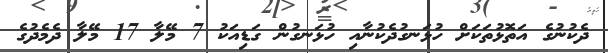
ދެކުނުގެ އަތޮޅުތަކަށް ހުޅަނގުދެކުނާއި ހުޅަނގުން ގަޑިއަކު 7 މޭލާ 17 މޭލާ ދެމެދުގެ